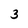
Character: 3